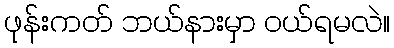
ဖုန်းကတ် ဘယ်နားမှာ ဝယ်ရမလဲ။